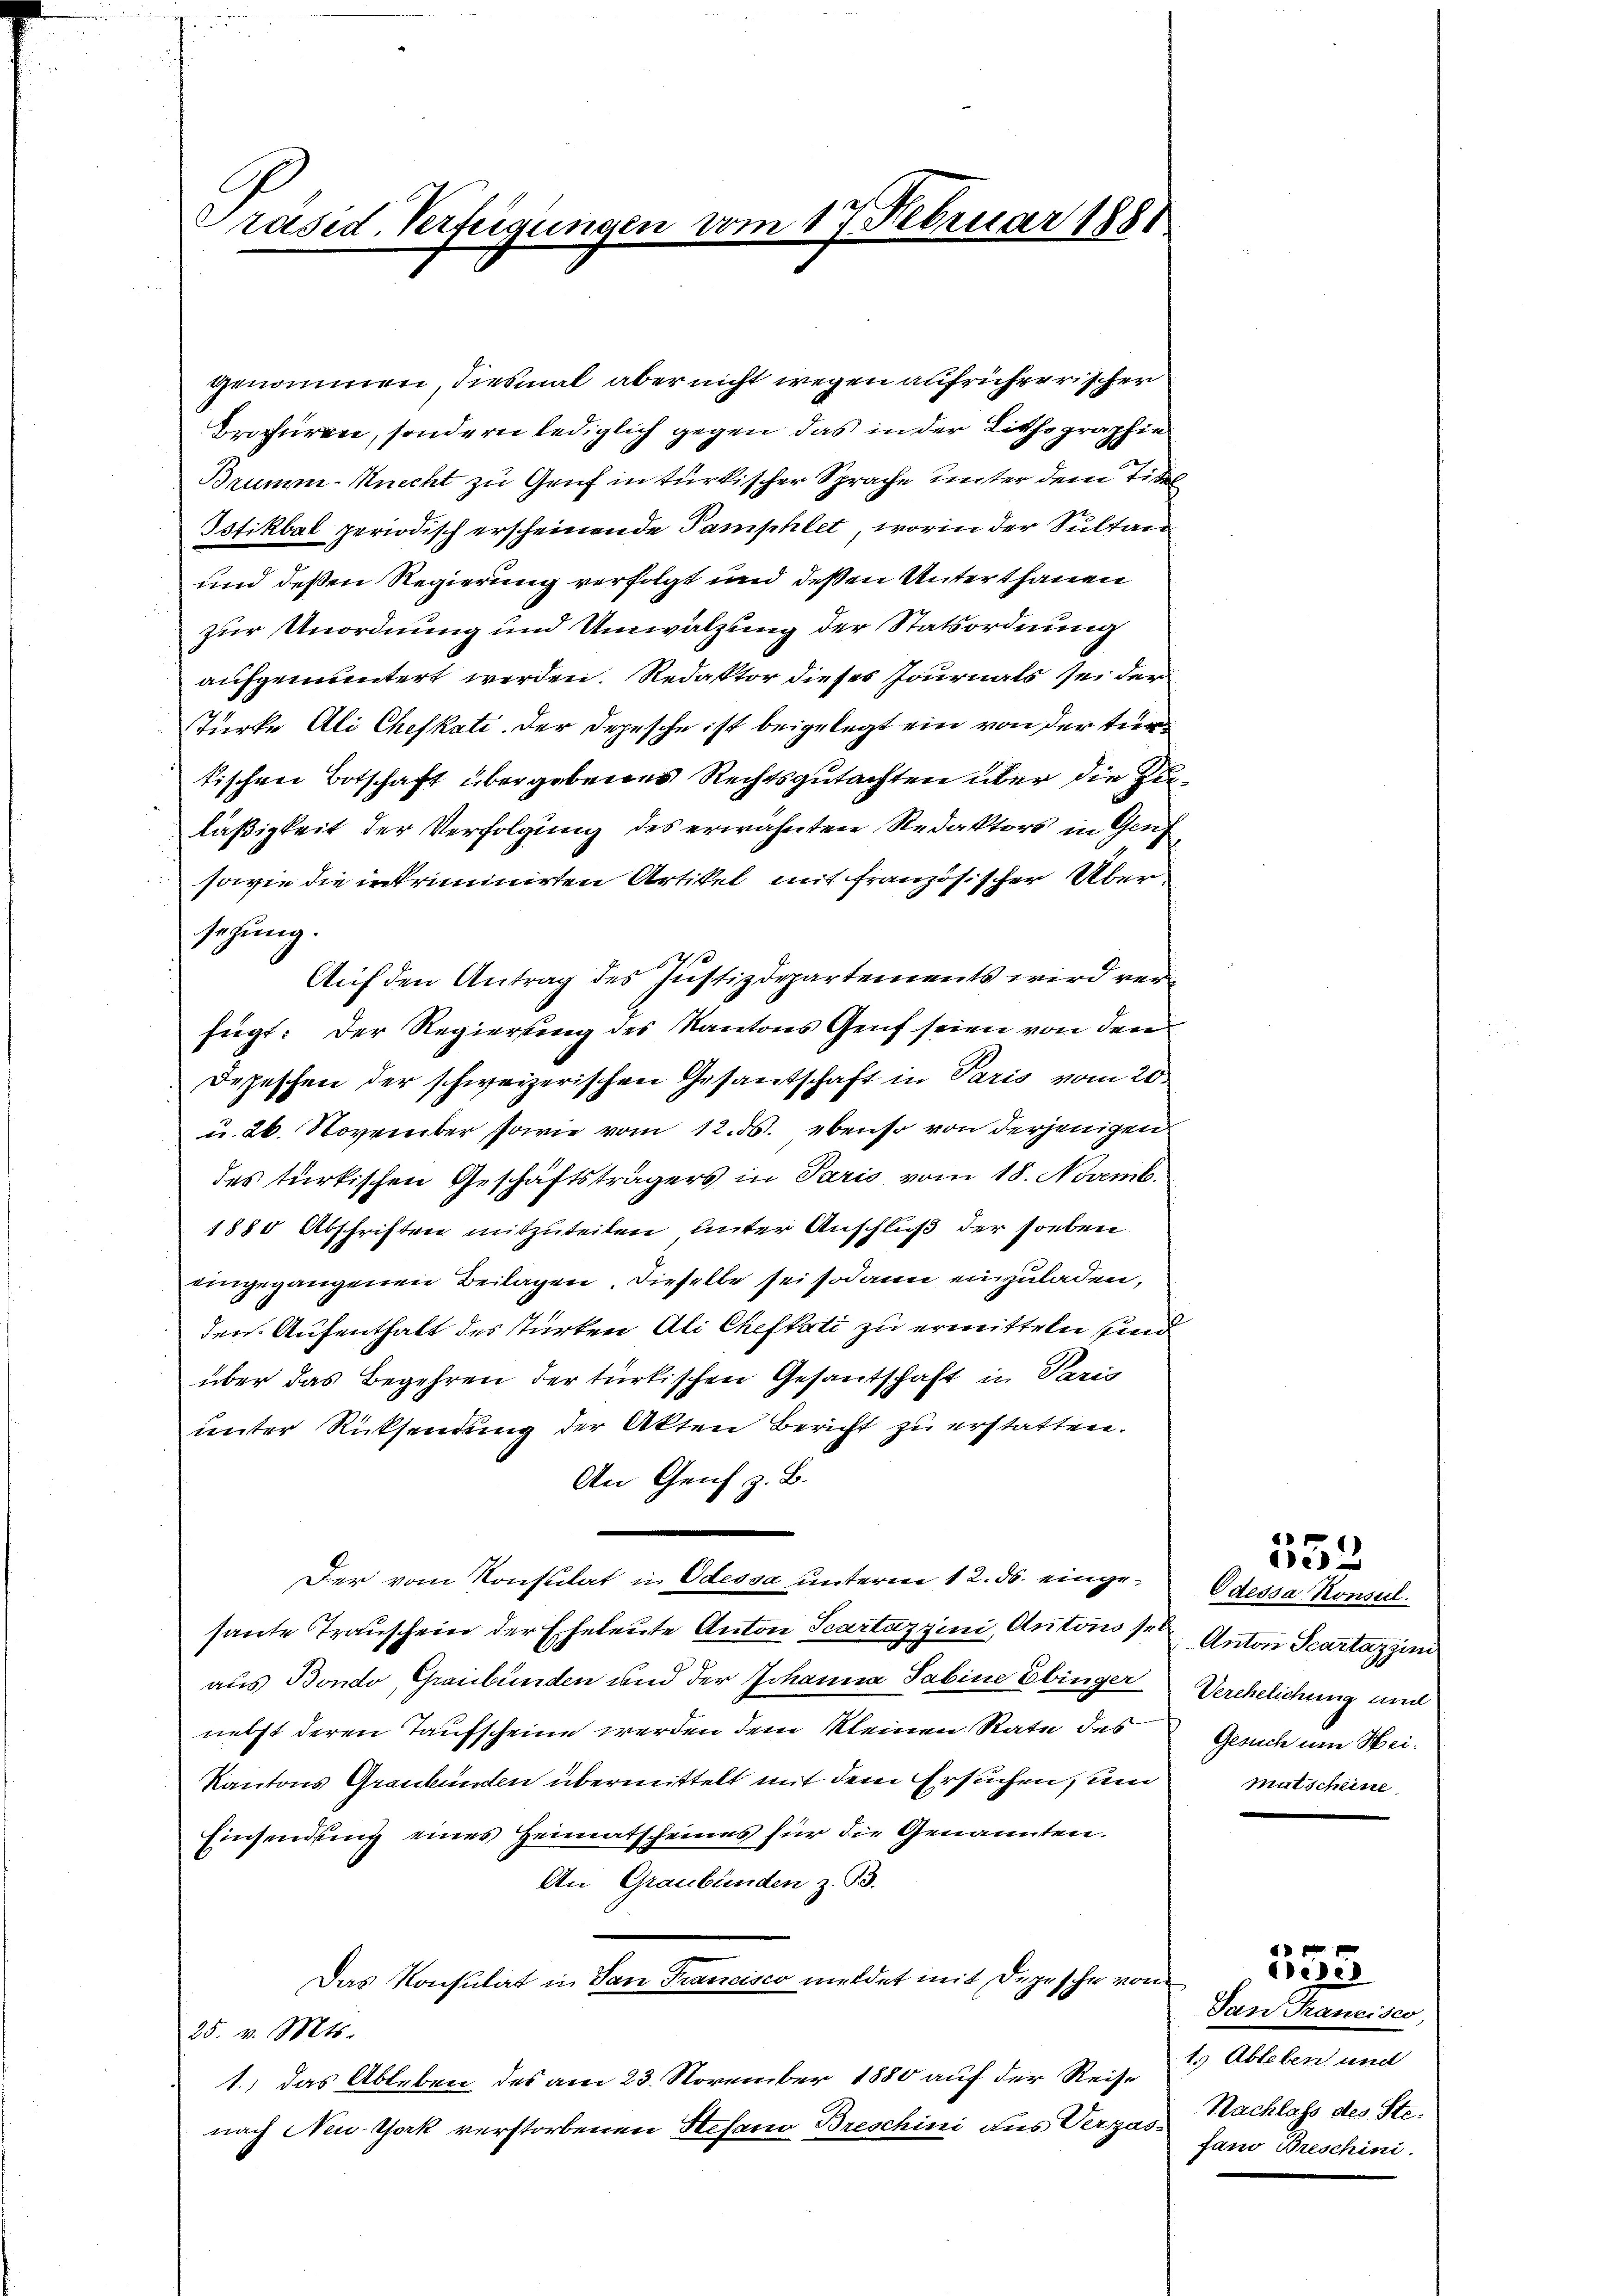
Präsid. Verfügungen vom 17. Februar 1881

genommen, diesmal aber nicht wegen aufrührerischer
Brofüren, sondern lediglich gegen das in der Lithographie
Brumm-Knecht zu Genf in türkischer Sprache unter dem Titel
Isfikbal periodisch erscheinende Pamphlet, worin der Sultan
und deßen Regierung verfolgt und deßen Unterthanen
zur Unordnung und Umwälzung der Statsordnung
aufgemuntert werden. Redaktor dieses Journals sei der
Türke Ali Chefkati. Der Depesche ist beigelegt ein von der Turtischen Botschaft übergebenes Rechtsgutachten über die Zieläßigkeit der Verfolgung des erwähnten Redaktors in Gen
sowie die intriminirten Artikel mit französischer Über¬
Auf den Antrag des Justizdepartements wird verfügt: Der Regierung des Kantons Genf seien von den
Depeschen der schweizerischen Gesantschaft in Paris vom 20.
u. 26. November sowie vom 12. ds. ebenso von derjenigen
des türkischen Geschäftsträgers in Paris vom 18. Novemb.
1885 Abschriften mitzuteilen unter Anschluß der soeben
eingegangenen Beilagen. Dieselbe sei sodann einzuladen,
den Aufenthalt des Türken Ali Cheftati zu ermitteln sind
über das Begehren der türkischen Gesantschaft in Paris
unter Rücksendung der Akten Bericht zu erstatten.
An Genf z. B.
Der vom Konsulat in Odessa unterm 12. ds. eingesante Trauschein der Eheleute Anton Scartazzini, Antons Anton Scartazzin
aus Bondo, Graubünden und der Johanna Sabine Ebinger
nebst deren Taufscheine werden dem kleinen Rate des
Kantons Graubünden übermittelt mit dem Ersuchen, und
Einsendung eines Heimatscheines für die Genannten.
An Graubünden z. B.
Das Konsulat in San Francisco meldet mit Depesche von
25. v. Mts.
1.) das Ableben des am 23. November 1880 auf der Reise
nach New York verstorbenen Stefano Breschini aus Vergas-

sezung.

Odessa Konseil.
Verehelichung und
Gesuch um Heimutscheine

62

Dan Francisco,
1. Ableben und
Nachlass des Stefano Breschini.

333